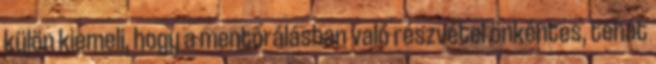
külön kiemeli, hogy a mentorálásban való részvétel önkéntes, tehát